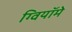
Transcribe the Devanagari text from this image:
ग्वियॉमे